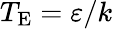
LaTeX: T_{\mathrm{{E}}}=\varepsilon/k